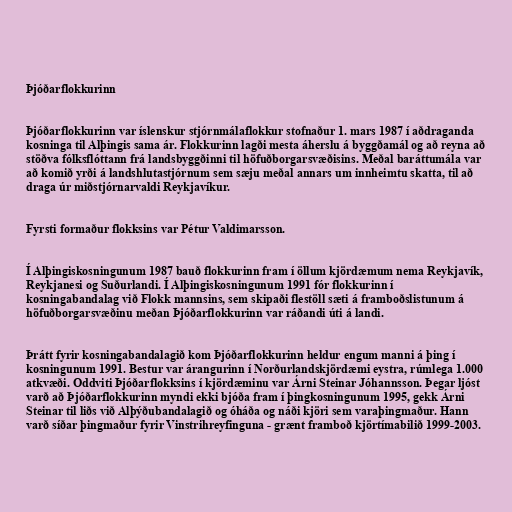
Þjóðarflokkurinn

Þjóðarflokkurinn var íslenskur stjórnmálaflokkur stofnaður 1. mars 1987 í aðdraganda
kosninga til Alþingis sama ár. Flokkurinn lagði mesta áherslu á byggðamál og að reyna að
stöðva fólksflóttann frá landsbyggðinni til höfuðborgarsvæðisins. Meðal baráttumála var
að komið yrði á landshlutastjórnum sem sæju meðal annars um innheimtu skatta, til að
draga úr miðstjórnarvaldi Reykjavíkur.

Fyrsti formaður flokksins var Pétur Valdimarsson.

Í Alþingiskosningunum 1987 bauð flokkurinn fram í öllum kjördæmum nema Reykjavík,
Reykjanesi og Suðurlandi. Í Alþingiskosningunum 1991 fór flokkurinn í
kosningabandalag við Flokk mannsins, sem skipaði flestöll sæti á framboðslistunum á
höfuðborgarsvæðinu meðan Þjóðarflokkurinn var ráðandi úti á landi.

Þrátt fyrir kosningabandalagið kom Þjóðarflokkurinn heldur engum manni á þing í
kosningunum 1991. Bestur var árangurinn í Norðurlandskjördæmi eystra, rúmlega 1.000
atkvæði. Oddviti Þjóðarflokksins í kjördæminu var Árni Steinar Jóhannsson. Þegar ljóst
varð að Þjóðarflokkurinn myndi ekki bjóða fram í þingkosningunum 1995, gekk Árni
Steinar til liðs við Alþýðubandalagið og óháða og náði kjöri sem varaþingmaður. Hann
varð síðar þingmaður fyrir Vinstrihreyfinguna - grænt framboð kjörtímabilið 1999-2003.